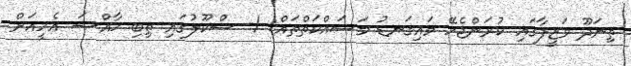
ތިނަދޫ ވަޒީފާގައި ކުރަންޖެހޭ މައިގަނޑު މަސައްކަތްތައް: 1- ސްކޫލުގައި ތިބި ޚާއްޞަ އެހީއަށް